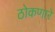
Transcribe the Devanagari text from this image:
ठोकणारे